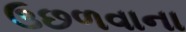
ઉછળવાના